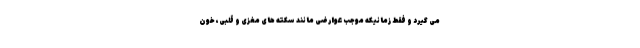
می گیرد و فقط زمانیکه موجب عوارضی مانند سکته های مغزی و قلبی، خون